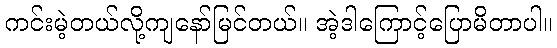
ကင်းမဲ့တယ်လို့ကျနော်မြင်တယ်။ အဲ့ဒါကြောင့်ပြောမိတာပါ။